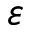
\varepsilon